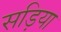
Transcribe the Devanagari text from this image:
सड़िया